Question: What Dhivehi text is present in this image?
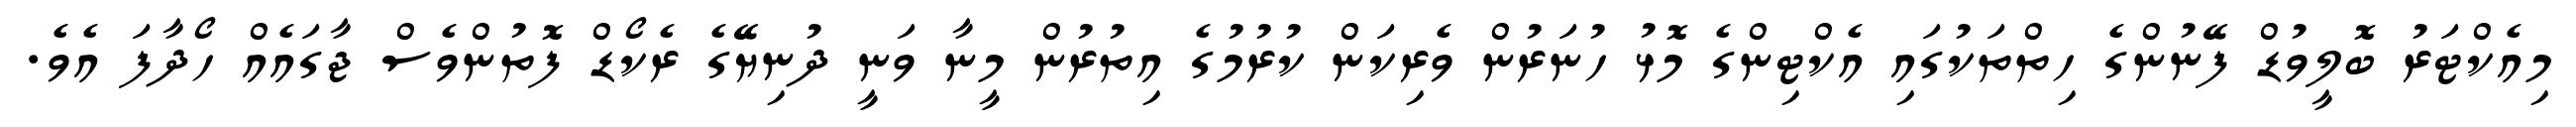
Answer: މިއެކްޓަރު ބޮލީވުޑް ފޭނުންގެ ހިތްތަކުގައި އެކްޓިންގެ މޮޅު ހުނަރުން ވެރިކަން ކުރުމުގެ އިތުރުން މީނާ ވަނީ ދުނިޔޭގެ ރެކޯޑް ފޮތުންވެސް ޖާގައެއް ހޯދާފަ އެވެ.